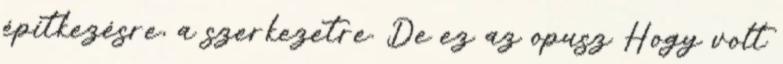
építkezésre, a szerkezetre. De ez az opusz Hogy volt